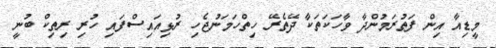
މީޑިއާ އިން ފަތުރަމުންދާ ވާހަކަތަކާ ދޭތެރޭ ހިތްހަމަނުޖެހި ރުޅިއައިސްފައި ހުރި ރިތިކް ބުނީ